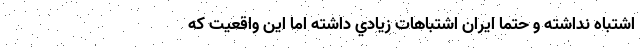
اشتباه نداشته و حتما ايران اشتباهات زيادي داشته اما اين واقعيت كه